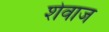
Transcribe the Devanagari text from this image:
शेवाज